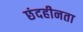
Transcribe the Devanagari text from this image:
छंदहीनता